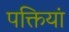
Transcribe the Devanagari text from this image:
पक्तियां